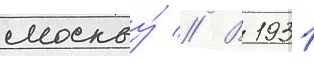
москву́ // В 1931